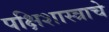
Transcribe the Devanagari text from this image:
पक्षिशास्त्राचे